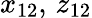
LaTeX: x_{12},\, z_{12}